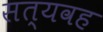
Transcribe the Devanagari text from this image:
सत्यवह